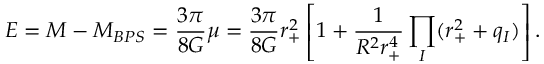
E = M - M _ { B P S } = \frac { 3 \pi } { 8 G } \mu = \frac { 3 \pi } { 8 G } r _ { + } ^ { 2 } \left[ 1 + \frac { 1 } { R ^ { 2 } r _ { + } ^ { 4 } } \prod _ { I } ( r _ { + } ^ { 2 } + q _ { I } ) \right] .